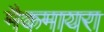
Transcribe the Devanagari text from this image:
मैकमायरा